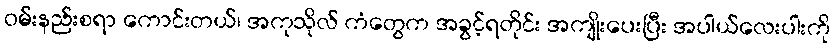
ဝမ်းနည်းစရာ ကောင်းတယ်၊ အကုသိုလ် ကံတွေက အခွင့်ရတိုင်း အကျိုးပေးပြီး အပါယ်လေးပါးကို